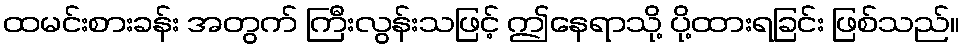
ထမင်းစားခန်း အတွက် ကြီးလွန်းသဖြင့် ဤနေရာသို့ ပို့ထားရခြင်း ဖြစ်သည်။